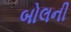
બોલની